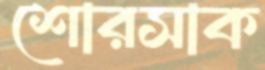
শোরসাক